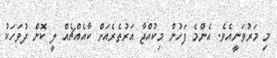
މި މަރުވަނީއެވެ. އެންމެ ފަހުން މިކުއްޖާ އަރުތެރެއަށް ކާއެއްޗެއް ލީ ކޮން ދުވަހަކު